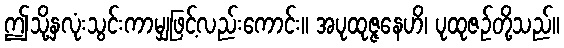
ဤသို့နှလုံးသွင်းကာမျှဖြင့်လည်းကောင်း။ အပုထုဇ္ဇနေဟိ၊ ပုထုဇဉ်တို့သည်။